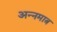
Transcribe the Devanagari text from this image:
अन्नमात्र